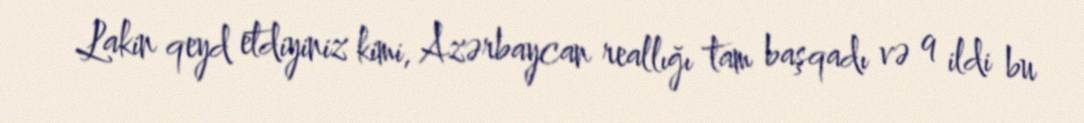
Lakin qeyd etdiyiniz kimi, Azərbaycan reallığı tam başqadı və 9 ildi bu